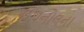
ઇથનોલના